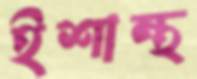
ইশান্থ